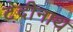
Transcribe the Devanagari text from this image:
टेदीनाथ